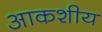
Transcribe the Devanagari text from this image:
आकशीय